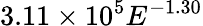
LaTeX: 3.11\times 10^{5}E^{-1.30}